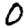
Digit: 0